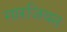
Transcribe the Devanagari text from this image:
गारजियन